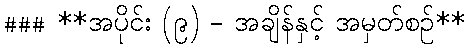
### **အပိုင်း (၉) - အချိန်နှင့် အမှတ်စဉ်**